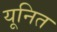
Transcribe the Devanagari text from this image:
यूनित